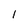
Character: 1